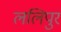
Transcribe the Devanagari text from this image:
ललिपुर